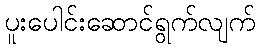
ပူးပေါင်းဆောင်ရွက်လျက်